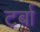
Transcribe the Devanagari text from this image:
टर्बा